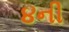
૪ની